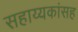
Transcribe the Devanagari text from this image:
सहाय्यकांसह